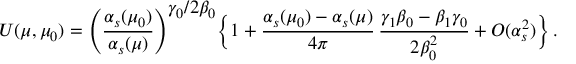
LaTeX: U ( \mu , \mu _ { 0 } ) = \Bigg ( { \frac { \alpha _ { s } ( \mu _ { 0 } ) } { \alpha _ { s } ( \mu ) } } \Bigg ) ^ { \displaystyle { \gamma _ { 0 } / 2 \beta _ { 0 } } } \bigg \{ 1 + { \frac { \alpha _ { s } ( \mu _ { 0 } ) - \alpha _ { s } ( \mu ) } { 4 \pi } } \, { \frac { \gamma _ { 1 } \beta _ { 0 } - \beta _ { 1 } \gamma _ { 0 } } { 2 \beta _ { 0 } ^ { 2 } } } + O ( \alpha _ { s } ^ { 2 } ) \bigg \} \, .